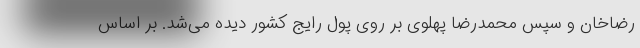
رضاخان و سپس محمدرضا پهلوی بر روی پول رایج کشور دیده می‌شد. بر اساس